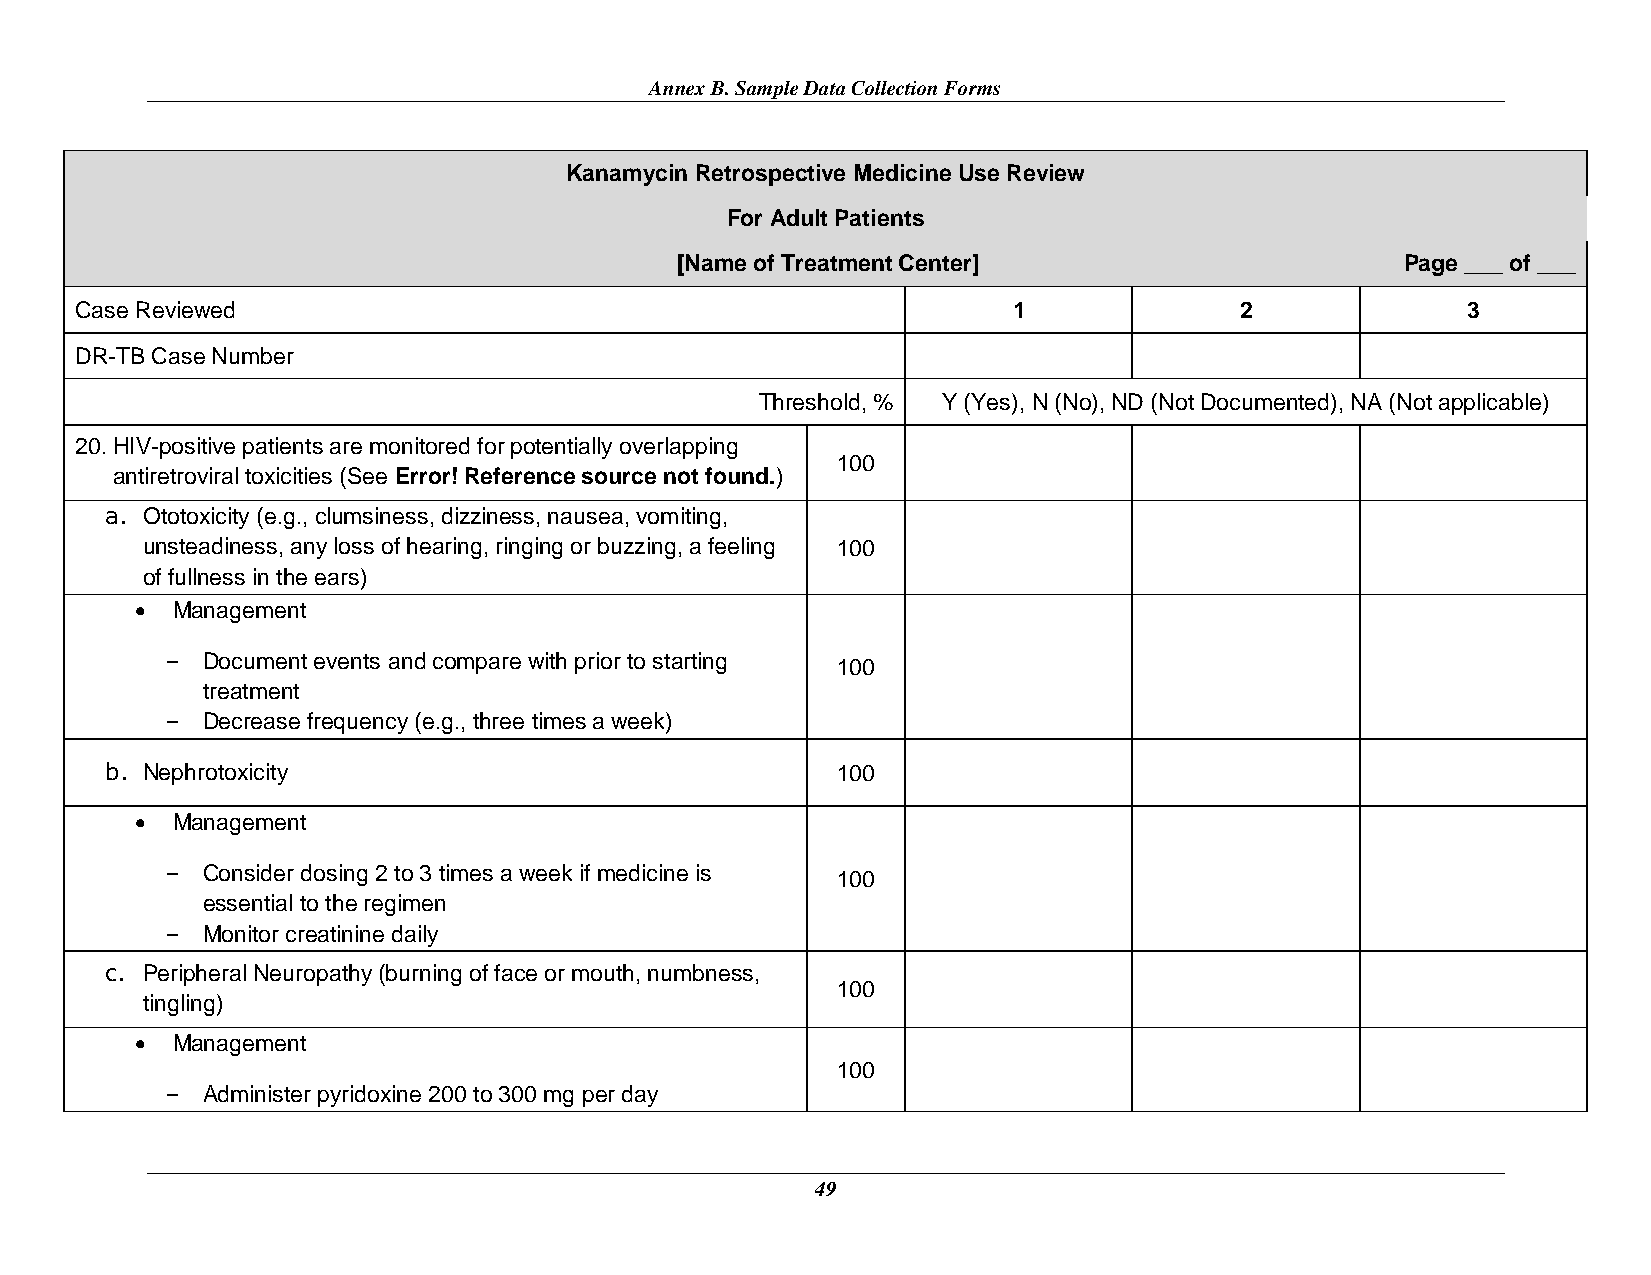
Annex B. Sample Data Collection Forms
 Kanamycin Retrospective Medicine Use Review
 For Adult Patients
 [Name of Treatment Center]                      Page ___ of ___
 Case Reviewed                                                 1              2              3
 DR-TB Case Number
 Threshold, % Y (Yes), N (No), ND (Not Documented), NA (Not applicable)
 20. HIV-positive patients are monitored for potentially overlapping
 100
 antiretroviral toxicities (See Error! Reference source not found.)
 a. Ototoxicity (e.g., clumsiness, dizziness, nausea, vomiting,
 unsteadiness, any loss of hearing, ringing or buzzing, a feeling 100
 of fullness in the ears)
  Management
 - Document events and compare with prior to starting 100
 treatment
 - Decrease frequency (e.g., three times a week)
 b. Nephrotoxicity                               100
  Management
 - Consider dosing 2 to 3 times a week if medicine is 100
 essential to the regimen
 - Monitor creatinine daily
 c. Peripheral Neuropathy (burning of face or mouth, numbness,
 100
 tingling)
  Management
 100
 - Administer pyridoxine 200 to 300 mg per day
 49